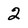
Character: 2